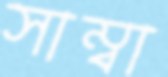
সাম্বা